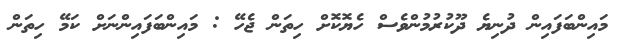
މައިންބަފައިން ދުނިޔެ ދޫކުރުމުންވެސް ހެޔޮކޮށް ހިތަން ޖެހޭ : މައިންބަފައިންނަށް ކަމޭ ހިތަން